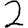
Digit: 2